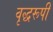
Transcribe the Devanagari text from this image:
वृद्धरूपी